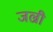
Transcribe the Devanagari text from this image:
जल्री